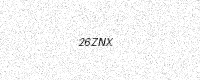
Text: 26ZNX